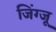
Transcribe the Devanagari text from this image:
जिंग्जू